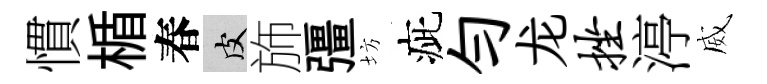
慣楯春皮斾彊坊疵勻龙挫渟威